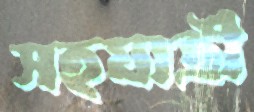
সহযাত্রী